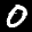
Digit: 0